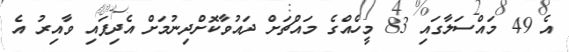
އެ 49 މައްސަލާގައި 83 މީހެއްގެ މައްޗަށް ދައުވާކޮށްދިނުމަށް އެދިފައި ވާއިރު އެ